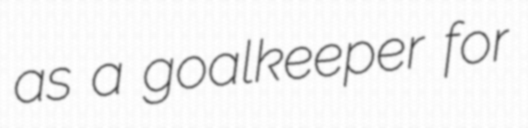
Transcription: as a goalkeeper for